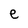
Character: e